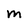
Character: M